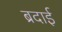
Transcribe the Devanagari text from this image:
ब्रदाई